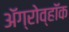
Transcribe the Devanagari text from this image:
अॅग्रोव्हॉक